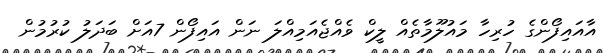
އާއައިފޯންގެ ހުރިހާ މައުލޫމާތެއް ލީކް ވެއްޖެއަމިއްލަ ނަން އައިފޯން 7އަށް ބަދަލު ކުރުމުން